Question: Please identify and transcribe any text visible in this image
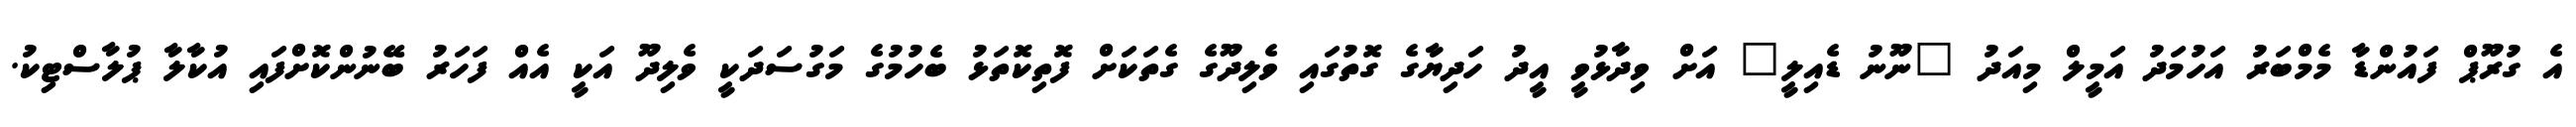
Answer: އެ ގުރޫޕް ފައުންޑާ މެމްބަރު އަހުމަދު އަމީލް މިއަދު "ނޫނު ޑެއިލީ" އަށް ވިދާޅުވީ އީދު ހަދިޔާގެ ގޮތުގައި ވެލިދޫގެ ގެތަކަށް ފޮތިކޮތަޅު ބެހުމުގެ މަގުސަދަކީ ވެލިދޫ އަކީ އެއް ފަހަރު ބޭނުންކޮށްފައި އުކާލާ ޕުލާސްޓިކު.